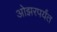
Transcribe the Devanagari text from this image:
ओझरपर्यंत